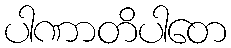
ပါဏာတိပါတေ